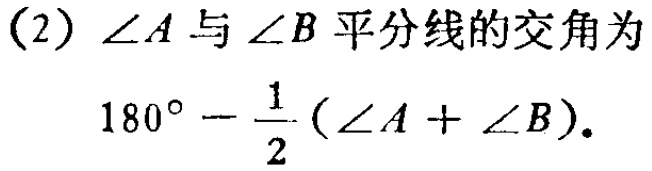
(2)$\angle A$与$\angle B$平分线的交角为
$180^{\circ}-\frac{1}{2}(\angle A + \angle B).$